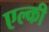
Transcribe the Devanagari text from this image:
एल्की